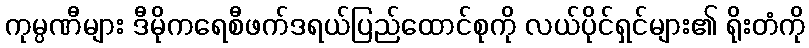
ကုမ္ပဏီများ ဒီမိုကရေစီဖက်ဒရယ်ပြည်ထောင်စုကို လယ်ပိုင်ရှင်များ၏ ရိုးတံကို